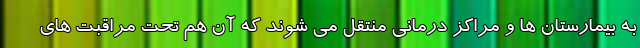
به بیمارستان ها و مراکز درمانی منتقل می شوند که آن هم تحت مراقبت های